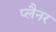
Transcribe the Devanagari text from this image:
प्लैनर